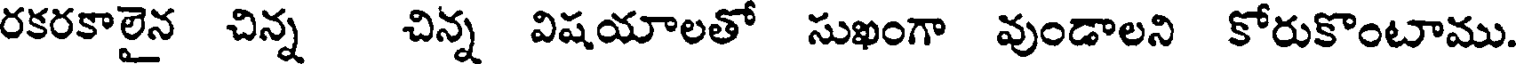
రకరకాలైన చిన్న చిన్న విషయాలతో సుఖంగా వుండాలని కోరుకొంటాము.